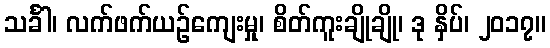
သင်္ခါ၊ လက်ဖက်ယဉ်ကျေးမှု၊ စိတ်ကူးချိုချို၊ ဒု နှိပ်၊ ၂၀၁၇။